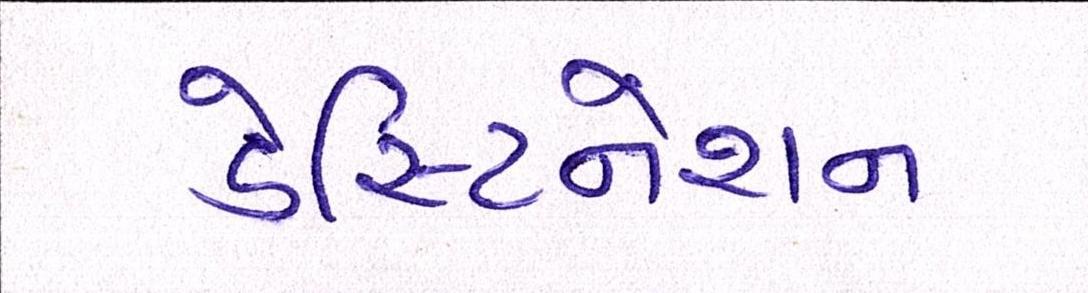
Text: ડેસ્ટિનેશન